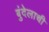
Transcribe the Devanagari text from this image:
बुंदेलाची